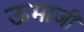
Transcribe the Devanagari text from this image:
ऊमाजी